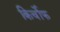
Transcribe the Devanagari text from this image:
किर्चोफ